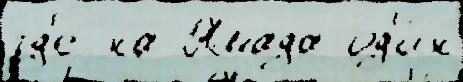
гд'е на Ямада од'и́н